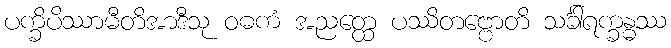
ပက္ခိပိဿာမီတိအာဒီသု ဝဓကံ အညတ္ထေ ပဿိတဗ္ဗောတိ သင်္ခါရက္ခန္ဓဿ